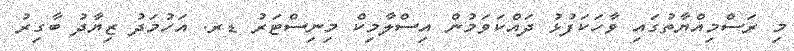
މި ރަސްމިއްޔާތުގައި ވާހަކަފުޅު ދައްކަވަމުން އިސްލާމިކް މިނިސްޓަރު ޑރ. އަހުމަދު ޒިޔާދު ބާގިރު